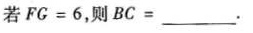
若$$F G = 6$$，则$$B C =___$$.